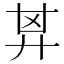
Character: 𢍌